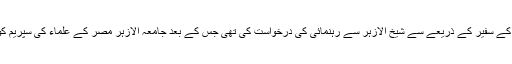
خیال رہے کہ صدر مملکت ڈاکٹر عارف علوی نے مصر کے سفیر کے ذریعے سے شیخ الازہر سے رہنمائی کی درخواست کی تھی جس کے بعد جامعہ الازہر مصر کے علماء کی سپریم کونسل نے کورونا وائرس کے حوالے سے فتوٰی جاری کیا۔